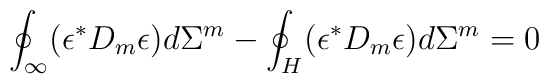
\oint_{\infty} (\epsilon^{\ast} D_{m} \epsilon) d\Sigma^{m} - \oint_{H} (\epsilon^{\ast} D_{m} \epsilon) d\Sigma^{m} = 0